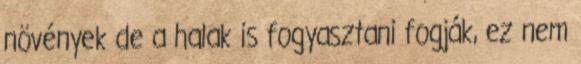
növények de a halak is fogyasztani fogják, ez nem